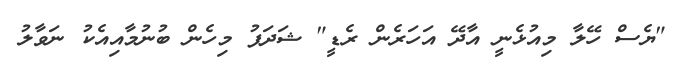
"ޔެސް ހޭލާ މިއުޅެނީ އާދޭ އަހަރެން ރެޑީ" ޝަދަފު މިހެން ބުނުމާއިއެކު ނަވާލު